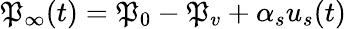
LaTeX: \mathfrak{P}_{\infty}(t)=\mathfrak{P}_{0}-\mathfrak{P}_{v}+\alpha_{s}u_{s}(t)